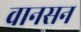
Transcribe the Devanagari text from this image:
वानसन